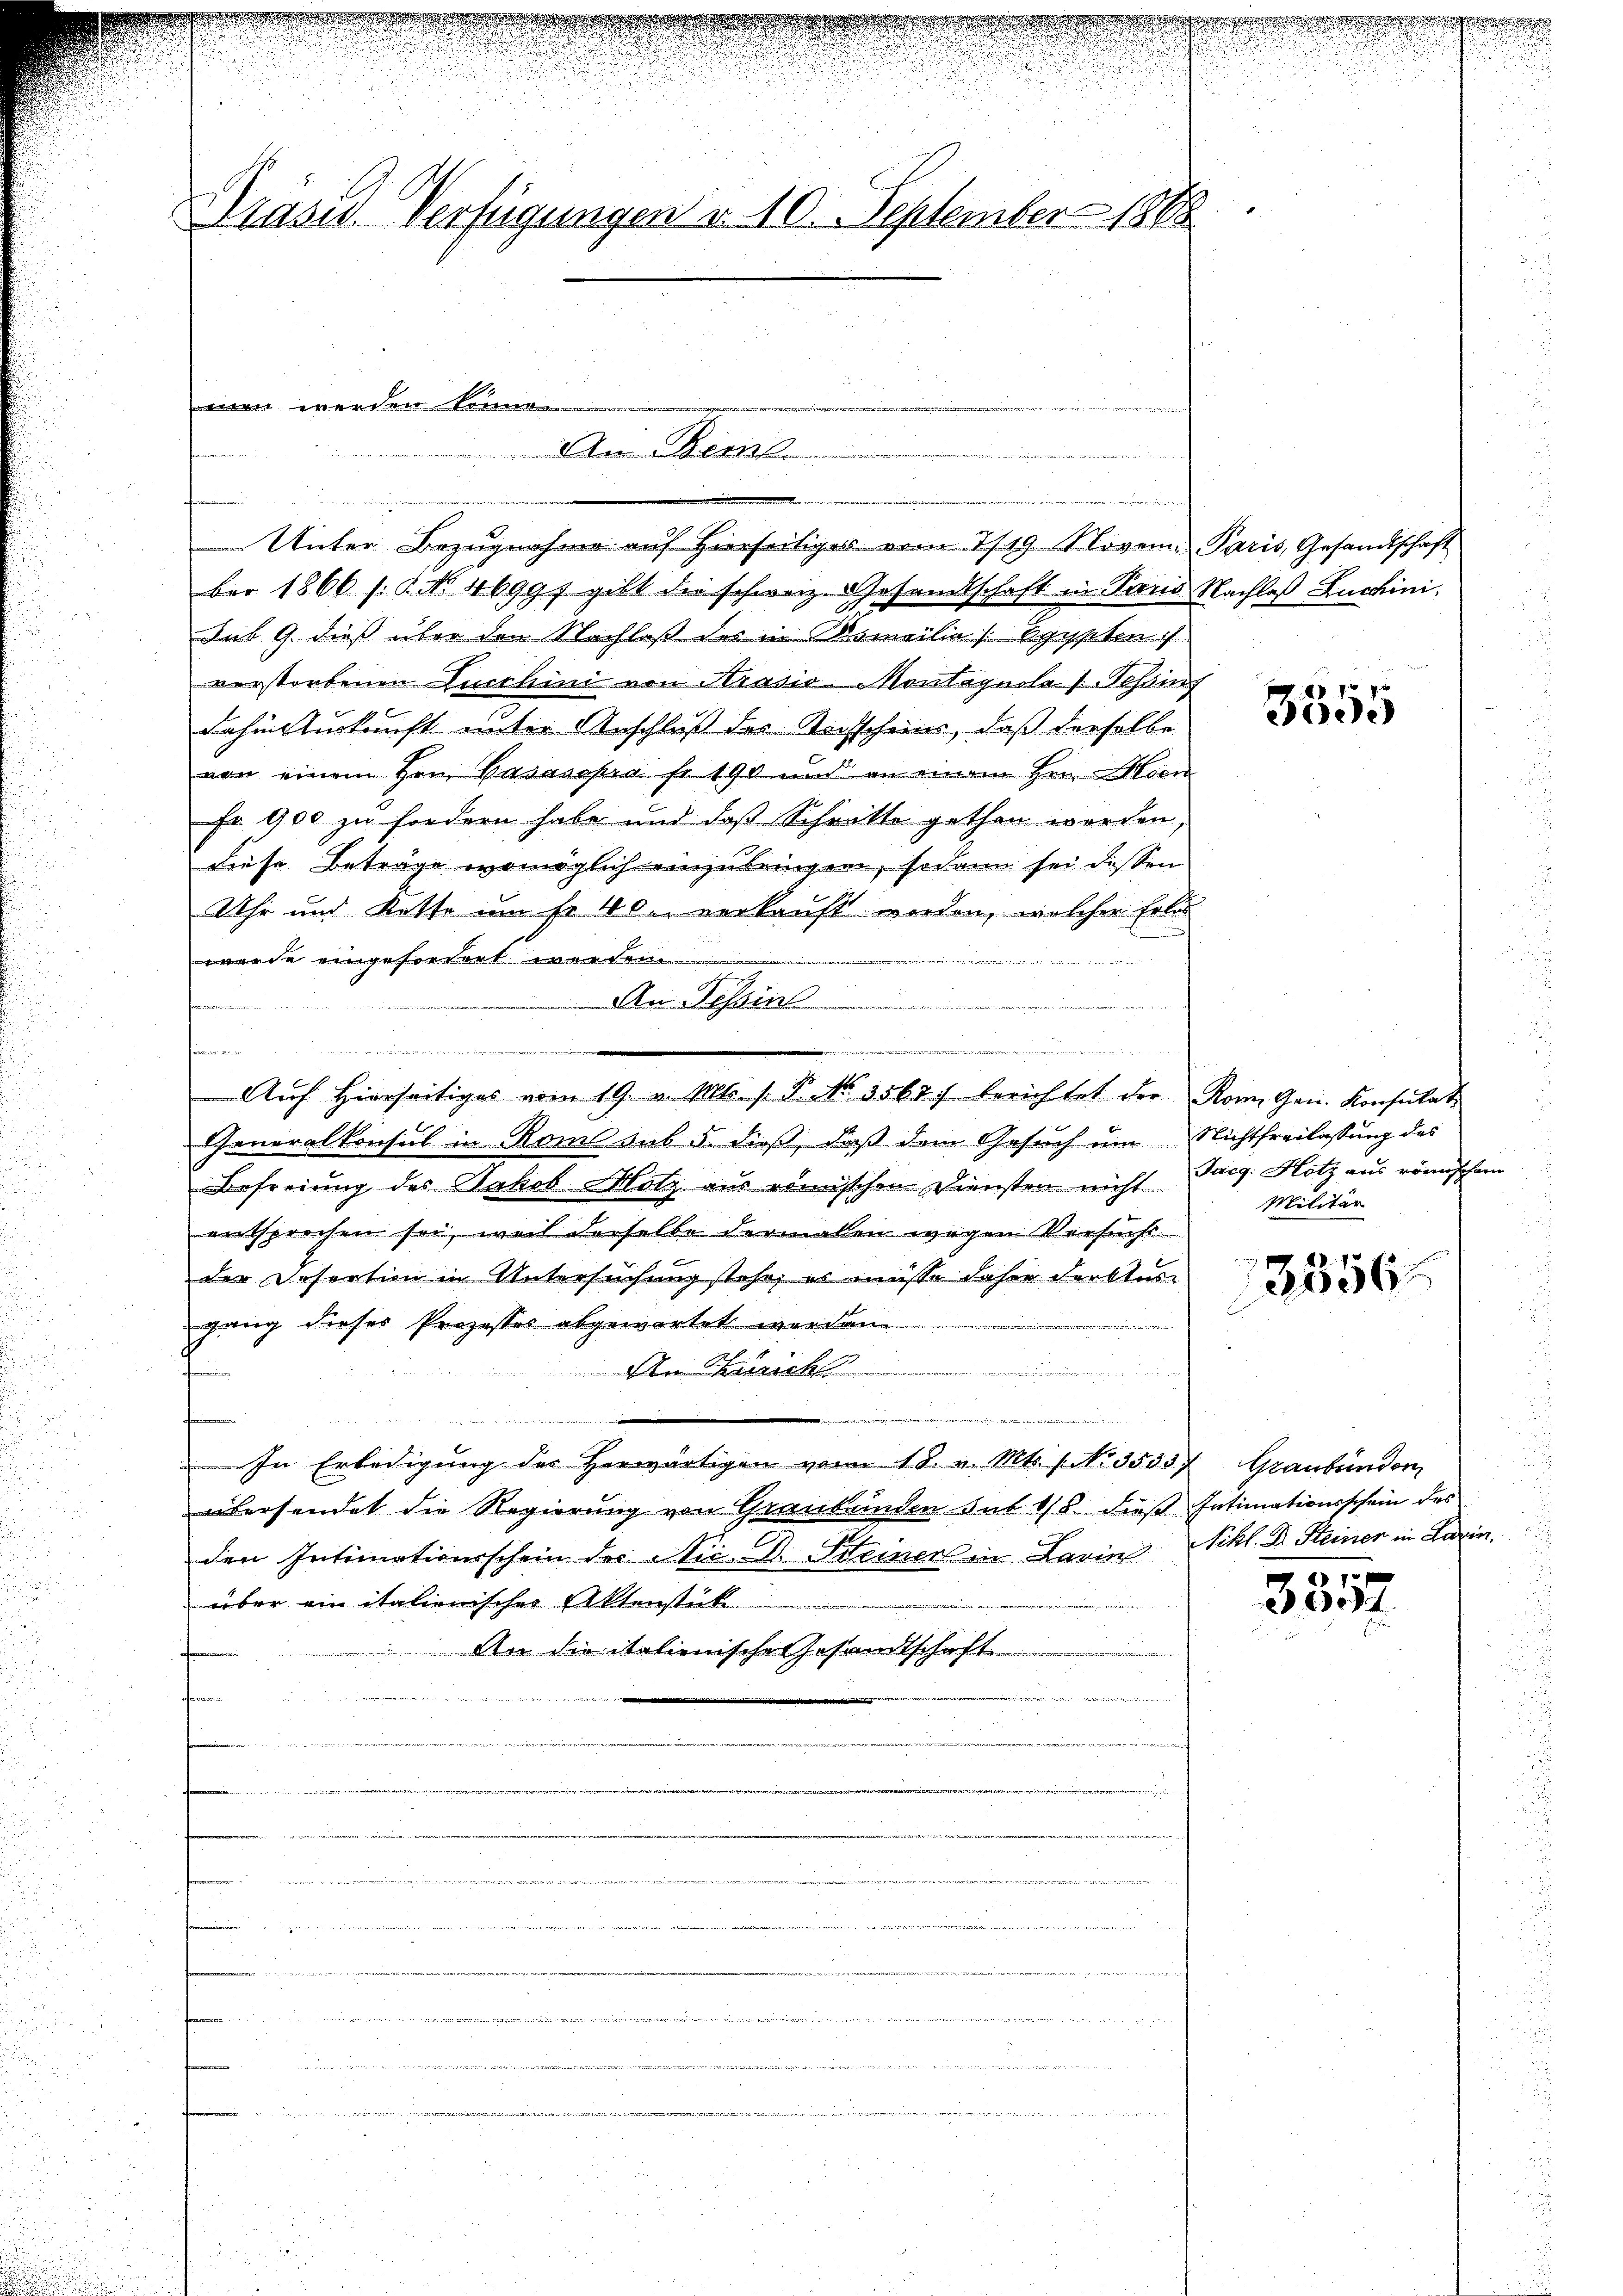
2
Kasis Verfügungen v. 10. September 1888

Unter Bezugnahme auf Hierseitiges vom 7/19. November 1866 f. No. 4699f gibt der schweiz. Gesandtschaft in Sand
Aut 9. dieß über den Nachlaß der in Bomeilie (Egypten :/
verstorbenen Lucchini von Krasio Montagnolas Tessin
dahin urkunft unter Anschluß des Nachscheins, daß derselbe
von einem Hrn. Basasopra fr. 190 und an einem Herr Wien
Fr 900 zu fordern habe und daß Schritte gethan werden,
diese Beträge womöglich einzubringen, sodann sei dessen
Uhr und Kette um fr. 40. verkauft worden, welcher Erle
werde eingefordert werden.
Die Tessin

.
u

Auf hierseitiges vom 19. v. Mts. (T. No. 3567/ berichtet der Kon Gen. Konsulat
Generalkonsul in Roms aus 5. dieß, daß dem Gesuch um Nichtfreilassung des
Befreiung des Jakob Motz aus römischen Diensten nicht Tag. Hotz aus römischem
entsprochen sei, weil derselbe dermalen wegen Versucht
der Desertion in Untersuchung stehe, es müsse daher Ferktes
gang dieses Prozesses abgewartet werden.
An Gericht
.
.
.
In Erledigung des Herwärtigen vom 18. v. Mts. No. 3535 Graubünder
übersendet die Regierung von Graubünden das 1/8 dieß Intimationsschein des
den Intimationsschein der Nić. Dr. Steiner in Barin Schl. D. Steiner in darin,
über ein italienischer Aktenstück
An die italienischen Gesandtschaft

men werden könne.
M
An Beme
m
e

u
gegen

Paris, Gesandtschaft
Nachlaß Luchini

s

3555

Militär

3856

3357